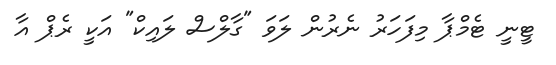
ޓީނީ ޓެމްޕާ މިފަހަރު ނެރުން ލަވަ "ގާލްސް ލައިކް" އަކީ ރެޕް އާ